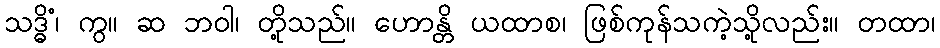
သဒ္ဓိံ၊ ကွ။ ဆ ဘဝါ၊ တို့သည်။ ဟောန္တိ ယထာစ၊ ဖြစ်ကုန်သကဲ့သို့လည်း။ တထာ၊